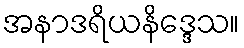
အနာဒရိယနိဒ္ဒေသ။